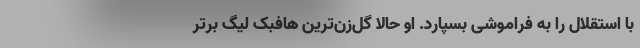
با استقلال را به فراموشی بسپارد. او حالا گل‌زن‌ترین هافبک لیگ برتر